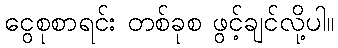
ငွေစုစာရင်း တစ်ခုစ ဖွင့်ချင်လို့ပါ။